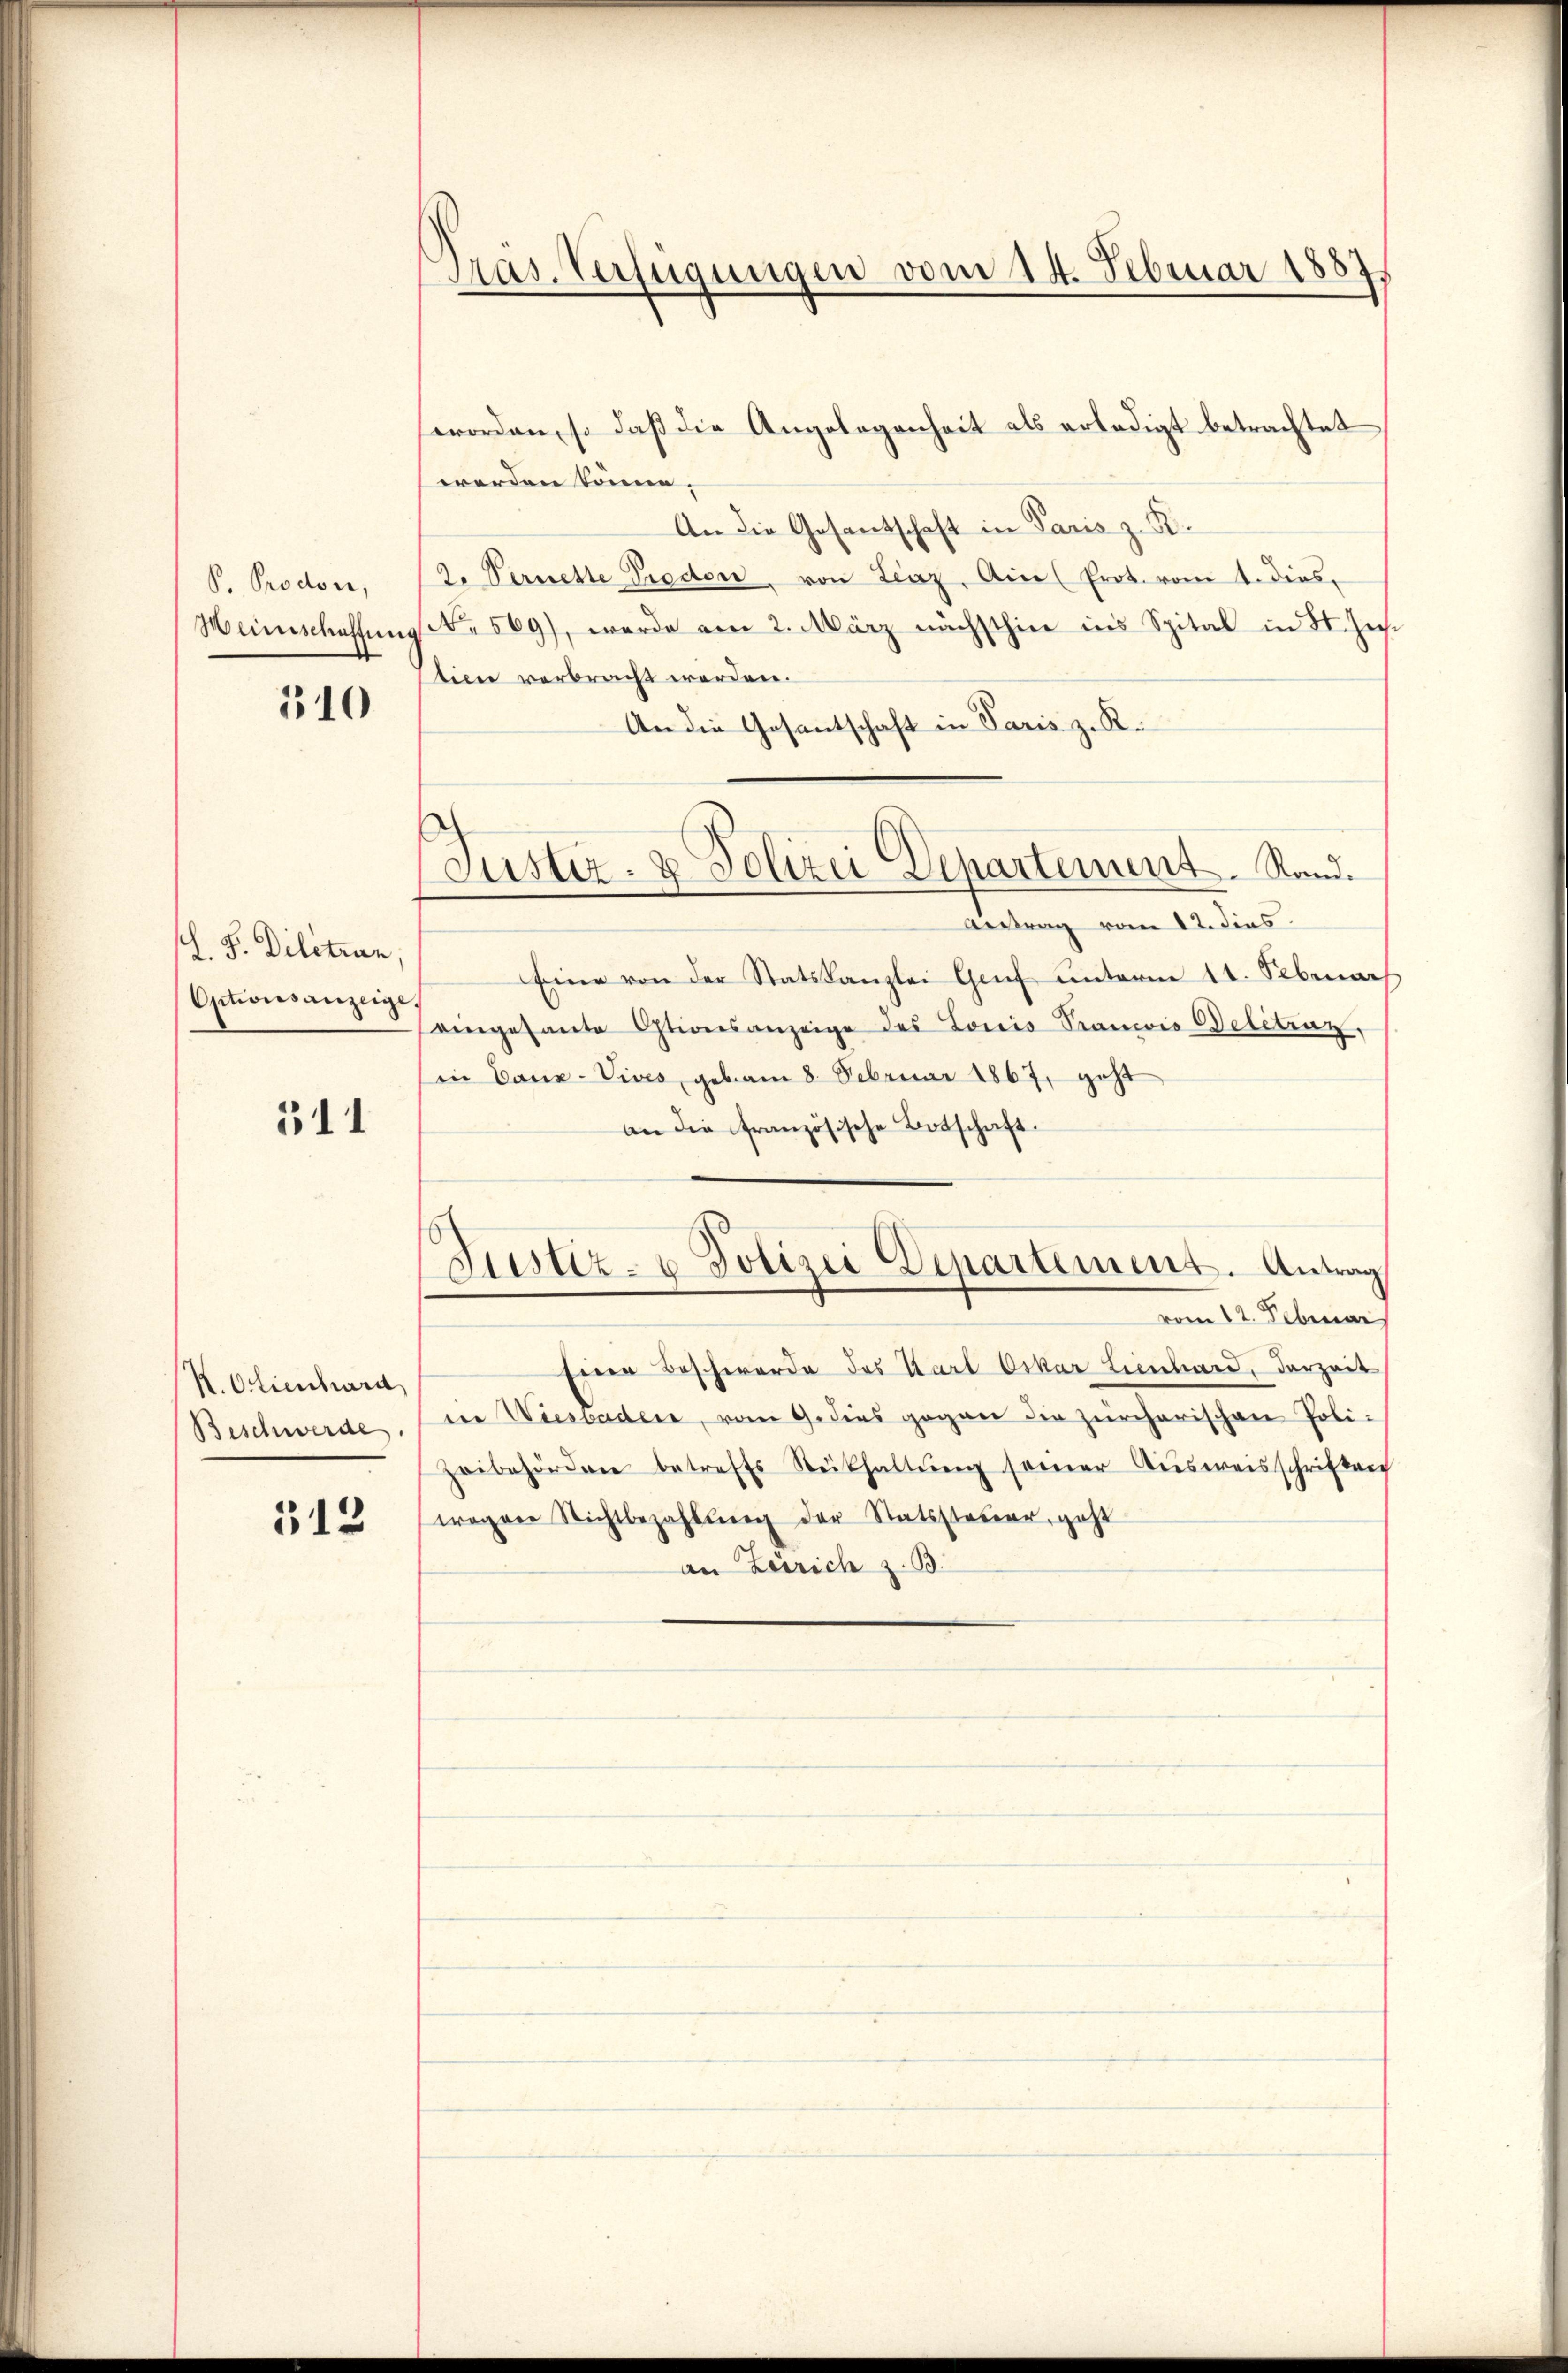
B. Prodoer,
Weinschaffung

310

L. F. Diletran
Optionsanzeige

311

K.Otienhard
Beschwerde

312

Pras. Verfügungen vom 14. Februar 1887

Justiz- & Polizei Departement. Stand.

worden, so daß die Angelegenheit als erledigt betrachtet
werden könne.
An die Gesantschaft in Paris z. B.
2. Vermette Preden, von Linz. Ain Prot. vom 1. dies,
No 569), werde am 2. März nächsthier ins Spital in St. Hech
tion verbracht werden.
An die Gesantschaft in Paris z. R.
Antrag vom 12. dies
Eine von der Statskanzlei Genf unterm 11. Sebenar
eingesante Ostionsanzeige des Louis Sancois Belectraz,
in Canz-Vives, gebam 8. Februar 1867, geht
an die französische Botschaft.
Justiz- u. Polizei Departement. Antrag
vom 12. Februar
Einer Beschwerde des Karl Oskar Lienhard, derzeit
in Wiesbaden, vom 9. dies gegen die zürcherischen Poli-
zeibehörden betreffs Rükhaltŭng seiner Aŭsweisschriften
wegen Nichtbezahlŭng der Statssteŭer, geht
an Zerrich z. B.